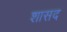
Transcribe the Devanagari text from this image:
शासद